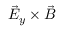
\vec { E } _ { y } \times \vec { B }